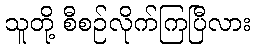
သူတို့ စီစဉ်လိုက်ကြပြီလား